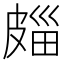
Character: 㿳